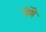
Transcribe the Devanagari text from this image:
यॆथॆ